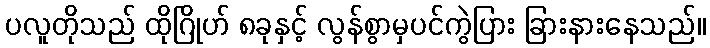
ပလူတိုသည် ထိုဂြိုဟ် ၈ခုနှင့် လွန်စွာမှပင်ကွဲပြား ခြားနားနေသည်။